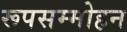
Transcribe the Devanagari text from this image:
रूपसम्मोहन